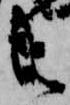
共